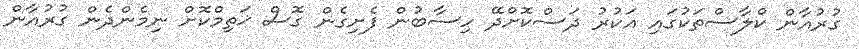
ގުރުއާން ކްލާސްތަކުގައި އަކުރު ދަސްކޮށްދޭ ހިސާބުން ފެށިގެން ގޮސް ޚަތިމްކޮށް ނިމެންދެން ގުރުއާން